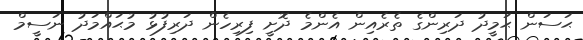
ޙަސަން ޙަމީދު ދަރިންގެ ތެރެއިން އެންމެ ދޮށީ ފިރިހެން ދަރިފުޅު މުޙައްމަދު ނަސީމް